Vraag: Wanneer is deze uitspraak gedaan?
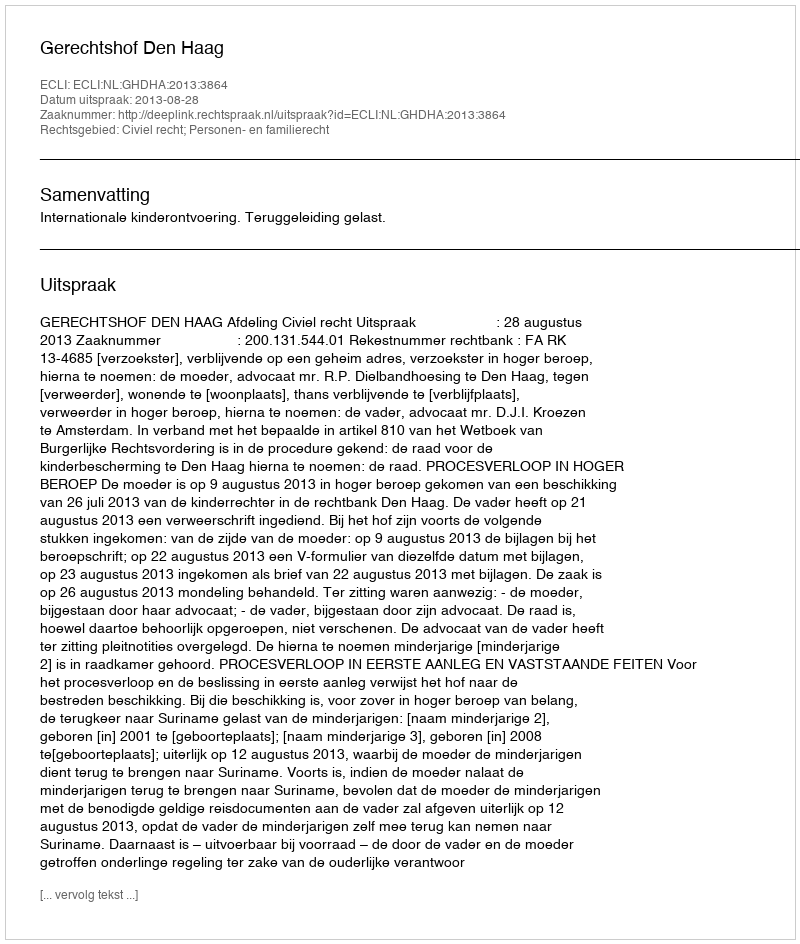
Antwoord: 2013-08-28